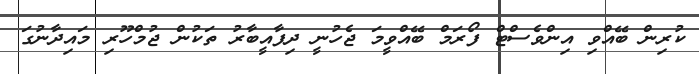
ކުރިން ބޭއްވި އިންވެސްޓް ފޯރަމް ބޭއްވީމަ ޖެހުނީ ދިފާއީބާރު ތަކުން ޖުމްހޫރި މައިދާނުގަ